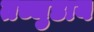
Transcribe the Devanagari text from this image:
तच्चुडाय